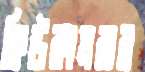
কিউকামবার